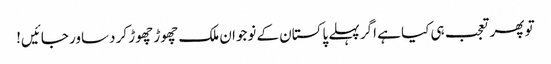
تو پھر تعجب ہی کیا ہے اگر پہلے پاکستان کے نوجوان ملک چھوڑ چھوڑ کر دساور جائیں!